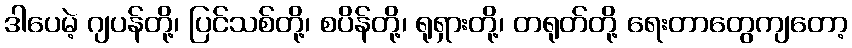
ဒါပေမဲ့ ဂျပန်တို့၊ ပြင်သစ်တို့၊ စပိန်တို့၊ ရုရှားတို့၊ တရုတ်တို့ ရေးတာတွေကျတော့